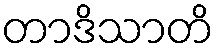
တာဒိသာတိ